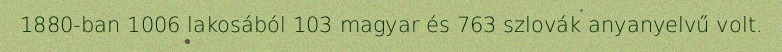
1880-ban 1006 lakosából 103 magyar és 763 szlovák anyanyelvű volt.